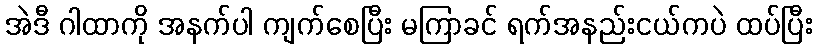
အဲဒီ ဂါထာကို အနက်ပါ ကျက်စေပြီး မကြာခင် ရက်အနည်းငယ်ကပဲ ထပ်ပြီး